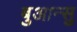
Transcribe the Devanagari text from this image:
बुआन्सु